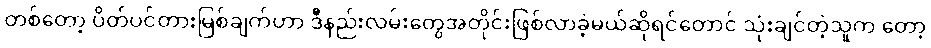
တစ်တော့ ပိတ်ပင်တားမြစ်ချက်ဟာ ဒီနည်းလမ်းတွေအတိုင်းဖြစ်လာခဲ့မယ်ဆိုရင်တောင် သုံးချင်တဲ့သူက တော့